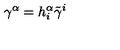
\gamma ^ { \alpha } = h _ { i } ^ { \alpha } \tilde { \gamma } ^ { i }